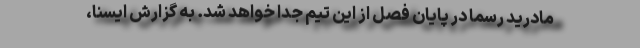
مادرید رسما در پایان فصل از این تیم جدا خواهد شد. به گزارش ایسنا،